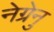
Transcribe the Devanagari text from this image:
नेग्रेनु